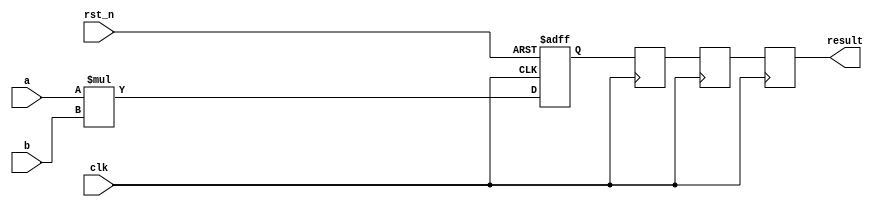
module mul_2(
	input          clk,
	input          rst_n,
	input  [9:0]   a,
	input  [17:0]  b,
	output [27:0]  result
);

reg [27:0] result0;
always@(posedge clk or negedge rst_n)
begin
	if(!rst_n) begin
		result0<=28'd0;
	end
	else begin
		result0<=a*b;
	end
end

reg [27:0] result1,result2,result3;
//
always@(posedge clk)
begin
	result1<=result0;
	result2<=result1;
	result3<=result2;
end

assign result = result3;

endmodule